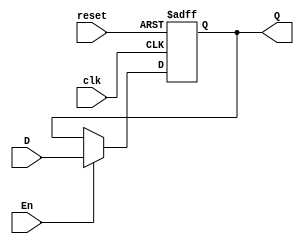
module flipflop(input clk, reset,En, D, output reg Q);
  always @ (posedge clk, posedge reset)
    if (reset)
      Q <= 1'b0;
    else if (En)
      Q <= D;
endmodule

module FLIPT(input clk, reset, En, output Q);

  wire clb;

  assign clb = ~Q;

  flipflop c(clk, reset, En, clb, Q);

endmodule